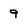
Character: 9